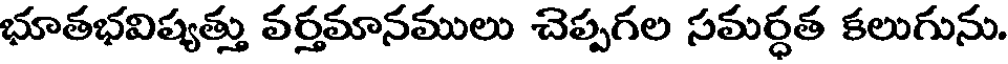
భూతభవిష్యత్తు వర్తమానములు చెప్పగల సమర్ధత కలుగును.